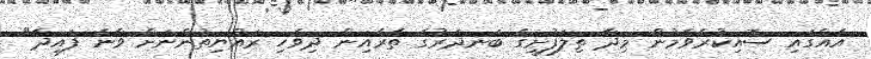
އެއްގައި ސޮއިކުރެވެމުން މިދާ ތިލަފުށީގެ ބަނދަރުގެ ތެރެއިން ދިވެހި ރައްޔިތުންނަށް ވާނެ ފައިދާ"